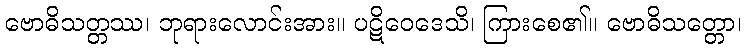
ဗောဓိသတ္တဿ၊ ဘုရားလောင်းအား။ ပဋိဝေဒေသိ၊ ကြားစေ၏။ ဗောဓိသတ္တော၊